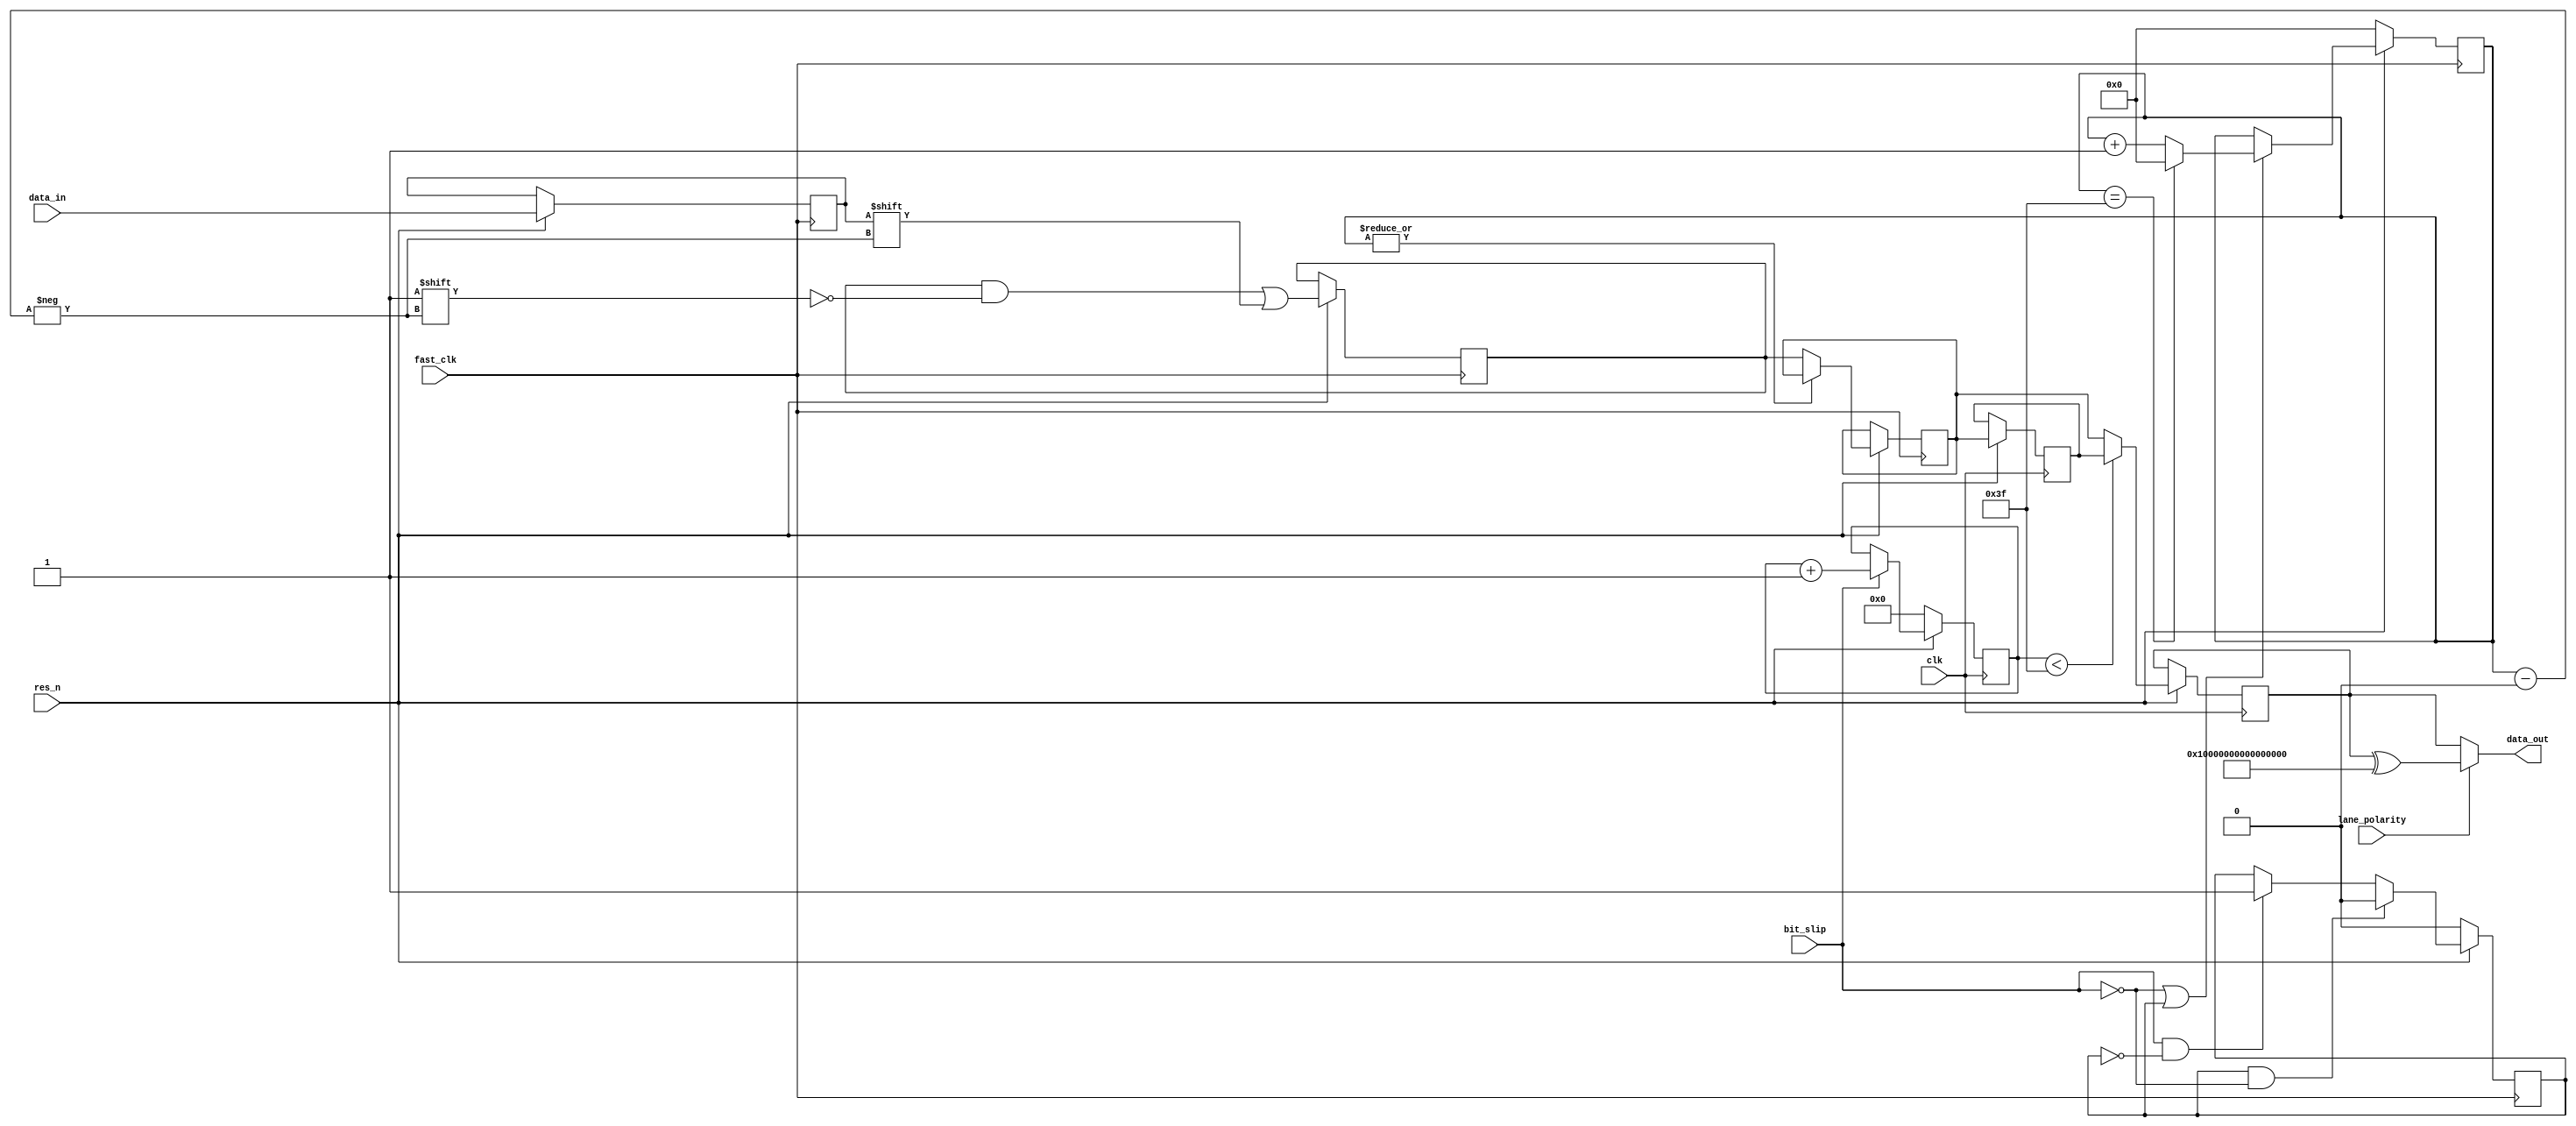
module deserializer #(
	parameter LOG_DWIDTH=7,
	parameter DWIDTH=64
)
(
	input  wire 			clk,
	input  wire 			res_n,
	input  wire 			fast_clk,
	input  wire 			bit_slip,
	input  wire 			data_in,
	output wire [DWIDTH-1:0]data_out,
	input  wire 			lane_polarity
);

reg [DWIDTH-1:0] 	tmp_buffer;
reg [DWIDTH-1:0] 	buffer;
reg [DWIDTH-1:0] 	buffer2;
reg [DWIDTH-1:0] 	data_out_temp;
reg [LOG_DWIDTH-1:0]curr_bit = 'h0;
reg [5:0]			bit_slip_cnt;
reg 				bit_slip_done = 1'b0;

reg d_in_dly;

assign data_out = lane_polarity ? data_out_temp^{DWIDTH{1'b1}} : data_out_temp;

// SEQUENTIAL PROCESS
always @ (posedge fast_clk) begin
	if(!res_n) begin
		curr_bit 		<= {LOG_DWIDTH{1'b0}};
		bit_slip_done 	<= 1'b0;
	end else begin	
		
		#1ps d_in_dly <= data_in;

		if (!bit_slip || bit_slip_done) begin
			if(curr_bit == DWIDTH-1) begin
				curr_bit <= 0;
			end else begin
				curr_bit 	 <= curr_bit + 1;
			end
		end

		if (bit_slip && !bit_slip_done)
			bit_slip_done <= 1'b1;

		if (bit_slip_done && !bit_slip)
			bit_slip_done <= 1'b0;

		if (|curr_bit == 1'b0) begin
			buffer <= tmp_buffer;
		end
		tmp_buffer[curr_bit] <= d_in_dly;
 	end
end

always @ (posedge clk) begin
	if(!res_n) begin
		bit_slip_cnt <= 6'h0;
	end else begin
		if(bit_slip)
			bit_slip_cnt <= bit_slip_cnt + 1;

		buffer2 <= buffer;
		
		if(bit_slip_cnt < DWIDTH-1) begin
			data_out_temp <= buffer2;
		end else begin
			data_out_temp <= buffer;
		end
	end
end

endmodule